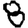
Digit: 8